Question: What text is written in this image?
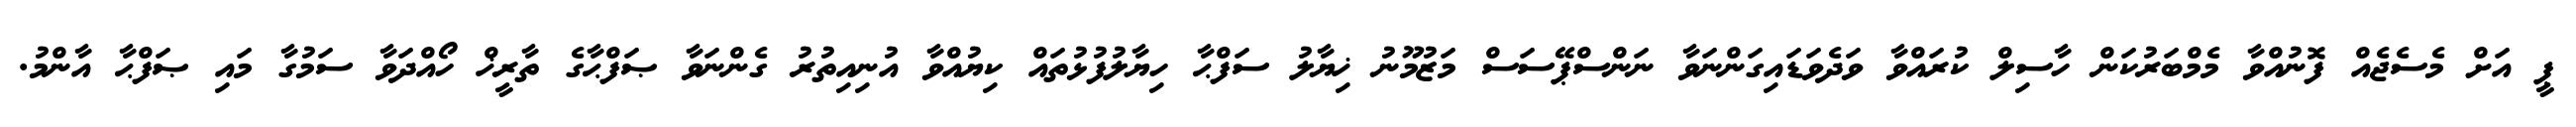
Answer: ޕީ އަށް މެސެޖެއް ފޮނުއްވާ މެމްބަރުކަން ހާސިލް ކުރައްވާ ވަދެވަޑައިގަންނަވާ ނަންސްޕޭސަސް މަޒުމޫނު ޚިޔާލު ސަފްޙާ ހިޔާލުފުޅުތައް ކިޔުއްވާ އުނިއިތުރު ގެންނަވާ ޞަފްޙާގެ ތާރީޚް ހޯއްދަވާ ސަމުގާ މައި ޞަފްޙާ އާންމު.